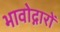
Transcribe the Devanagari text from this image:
भावोद्गारों